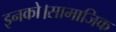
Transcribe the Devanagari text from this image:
इनको।सामाजिक